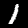
Label: 1